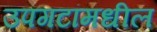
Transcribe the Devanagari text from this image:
उपगटांमधील